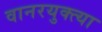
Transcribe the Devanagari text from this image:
वानरयुक्त्या